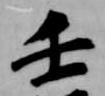
壬